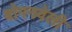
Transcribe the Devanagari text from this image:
बोगनवेली